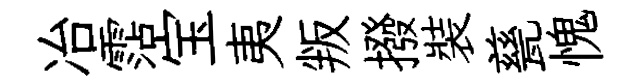
冶霑宝夷叛撥裝甆愧